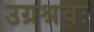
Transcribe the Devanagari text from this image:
उग्रश्रवः